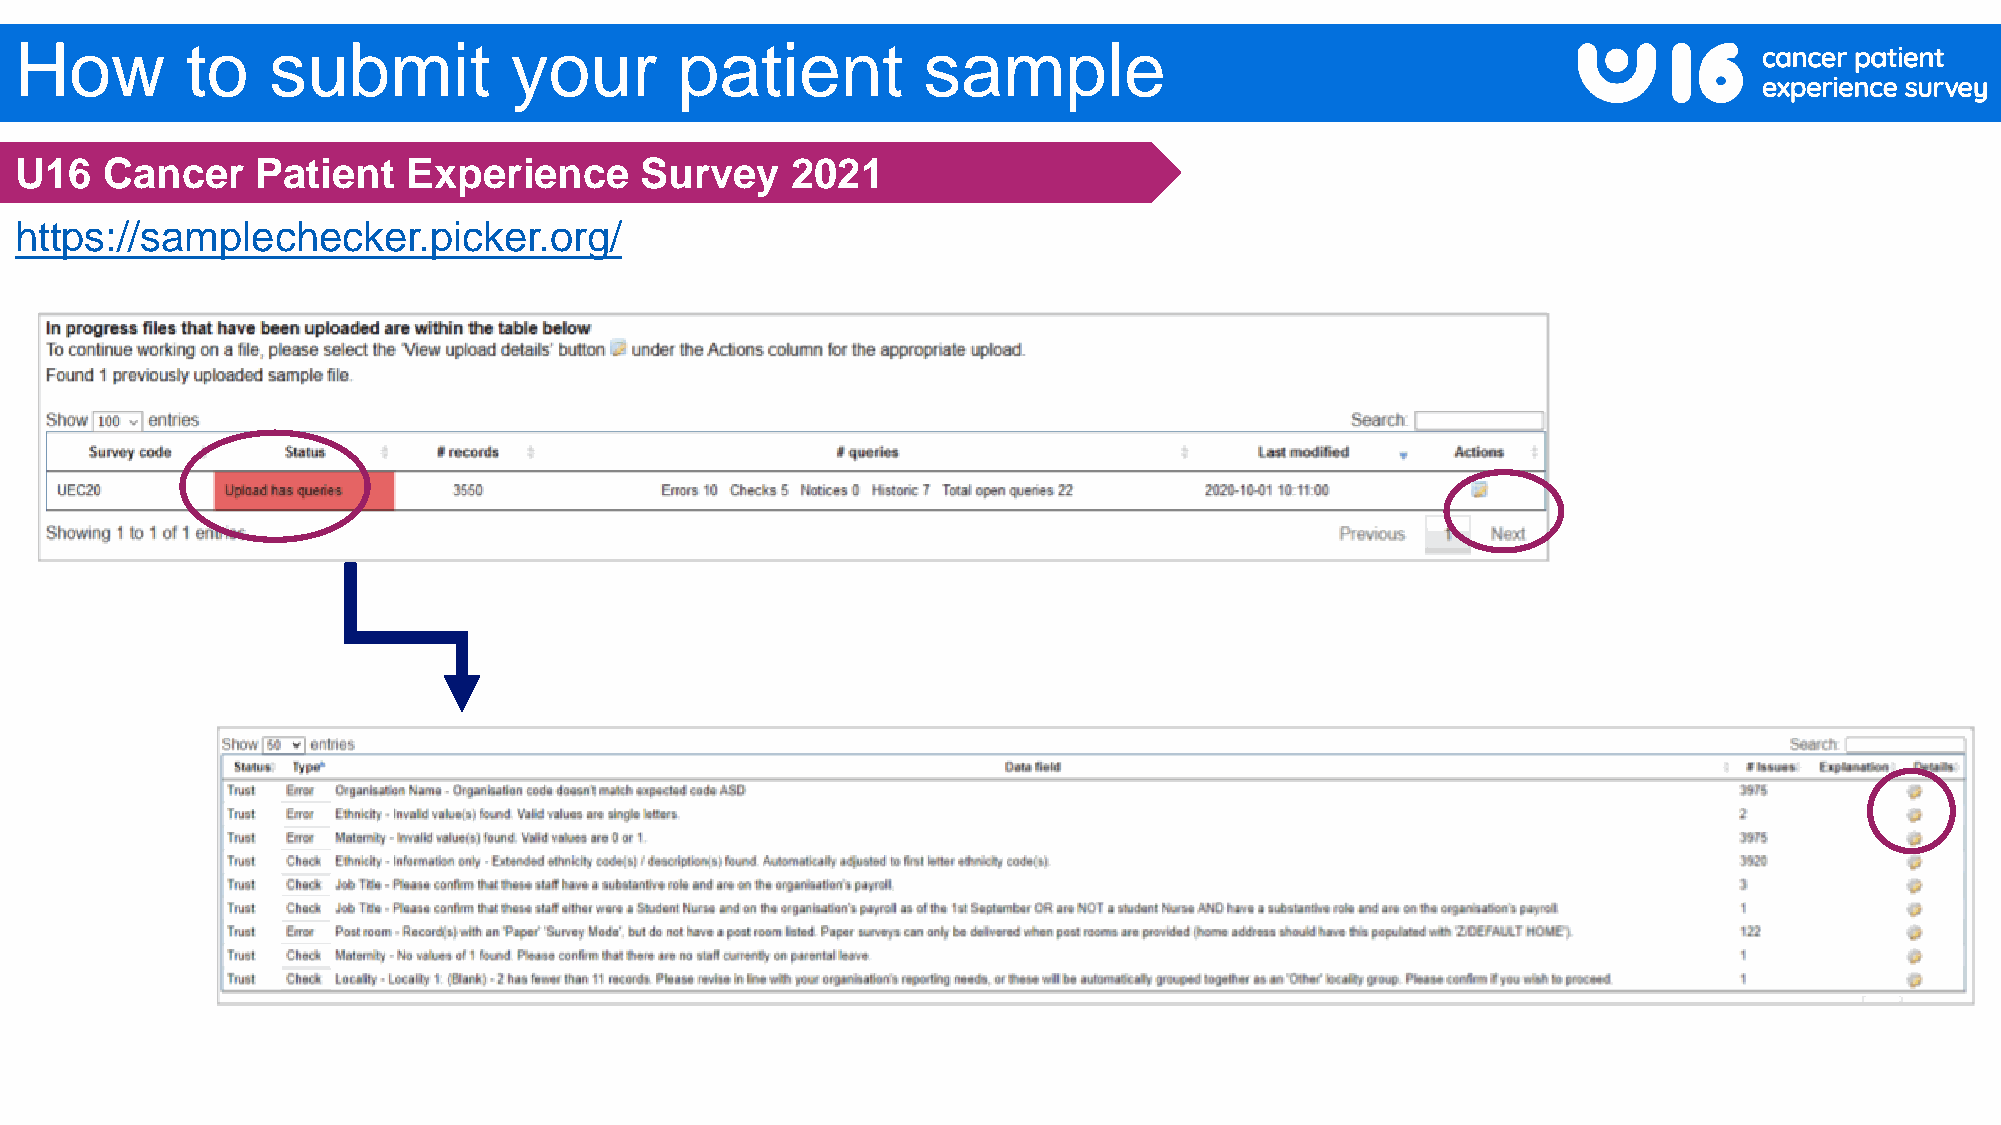
How        to    submit          your       patient         sample
 U16   Cancer    Patient   Experience     Survey    2021
 https://samplechecker.picker.org/